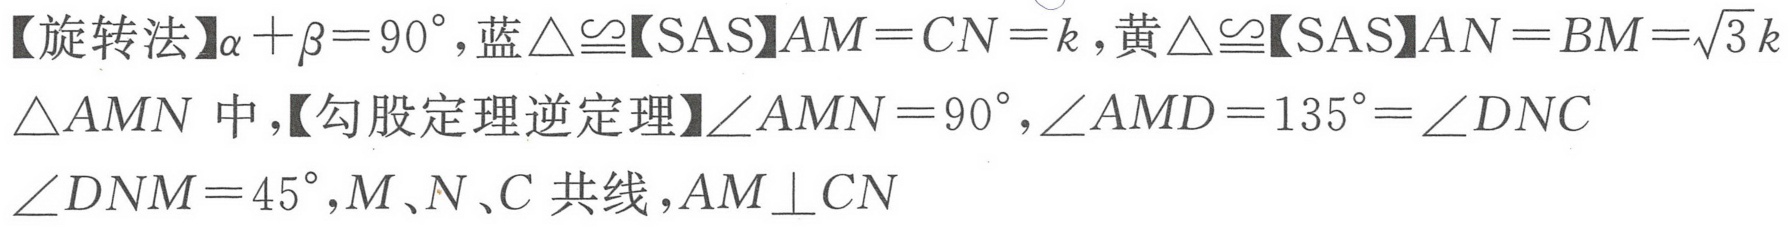
【旋转法】\(\alpha+\beta = 90^{\circ}\),蓝\(\triangle\cong\)【SAS】\(AM = CN = k\),黄\(\triangle\cong\)【SAS】\(AN = BM=\sqrt{3}k\)
\(\triangle AMN\)中,【勾股定理逆定理】\(\angle AMN = 90^{\circ},\angle AMD = 135^{\circ}=\angle DNC\)
\(\angle DNM = 45^{\circ},M、N、C\)共线,\(AM\perp CN\)